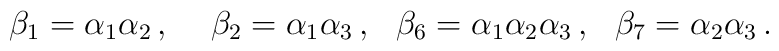
\begin{array}{llll}\beta_{1}=\alpha_{1}\alpha_{2}\,,~&\beta_{2}=\alpha_{1}\alpha_{3}\,,&\beta_{6}=\alpha_{1}\alpha_{2}\alpha_{3}\,,&\beta_{7}=\alpha_{2}\alpha_{3}\,.\end{array}